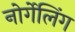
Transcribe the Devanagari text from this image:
नोर्गेलिंग